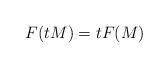
LaTeX: \begin{align*} F( tM) = tF(M)\end{align*}